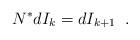
LaTeX: \begin{align*}N^*d I_k = d I_{k+1}\;\; .\end{align*}